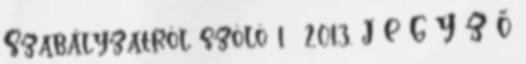
Szabályzatról szóló 1 2013. J E G Y Z Ő